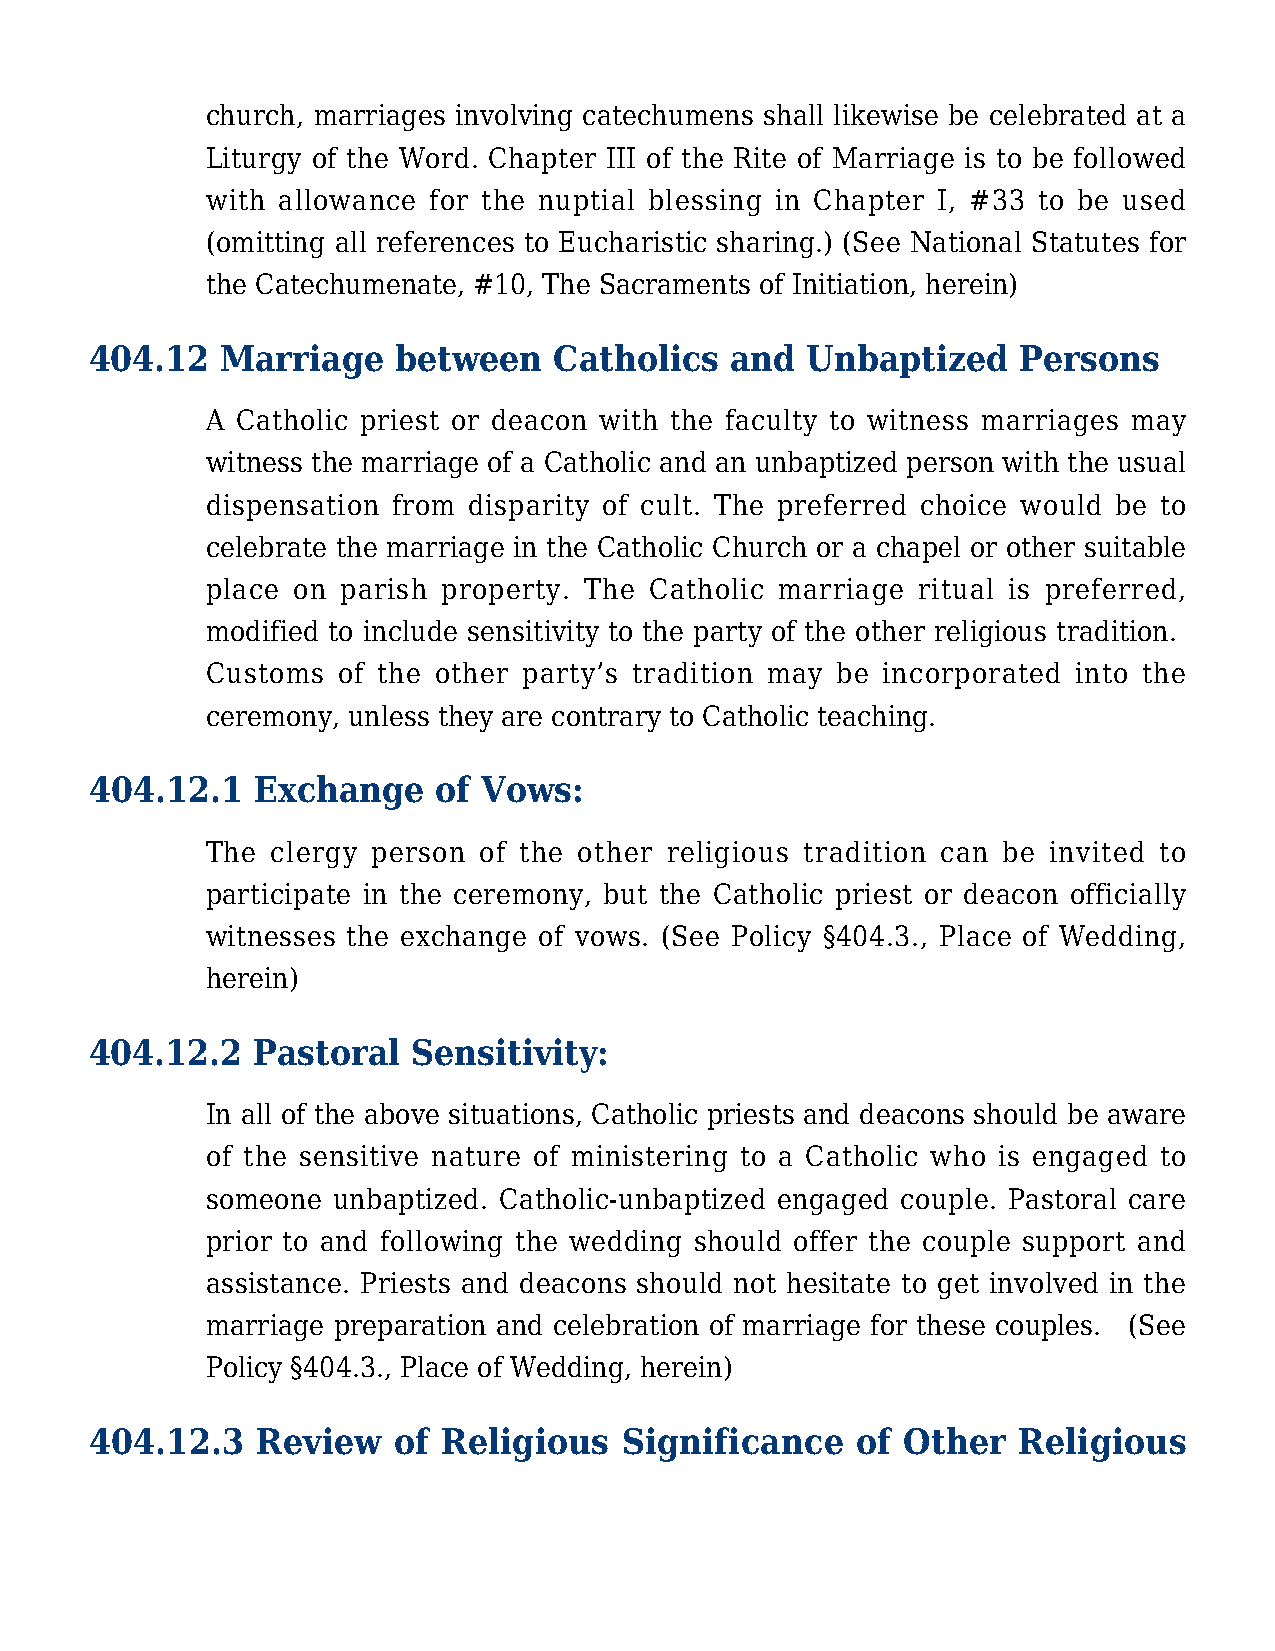
church, marriages involving catechumens shall likewise be celebrated at a
 Liturgy of the Word. Chapter III of the Rite of Marriage is to be followed
 with allowance for the nuptial blessing in Chapter I, #33 to be used
 (omitting all references to Eucharistic sharing.) (See National Statutes for
 the Catechumenate, #10, The Sacraments of Initiation, herein)
 404.12   Marriage   between    Catholics  and  Unbaptized     Persons
 A Catholic priest or deacon with the faculty to witness marriages may
 witness the marriage of a Catholic and an unbaptized person with the usual
 dispensation from disparity of cult. The preferred choice would be to
 celebrate the marriage in the Catholic Church or a chapel or other suitable
 place on parish property. The Catholic marriage ritual is preferred,
 modified to include sensitivity to the party of the other religious tradition.
 Customs of the other party’s tradition may be incorporated into the
 ceremony, unless they are contrary to Catholic teaching.
 404.12.1   Exchange    of Vows:
 The clergy person of the other religious tradition can be invited to
 participate in the ceremony, but the Catholic priest or deacon officially
 witnesses the exchange of vows. (See Policy §404.3., Place of Wedding,
 herein)
 404.12.2   Pastoral  Sensitivity:
 In all of the above situations, Catholic priests and deacons should be aware
 of the sensitive nature of ministering to a Catholic who is engaged to
 someone unbaptized. Catholic-unbaptized engaged couple. Pastoral care
 prior to and following the wedding should offer the couple support and
 assistance. Priests and deacons should not hesitate to get involved in the
 marriage preparation and celebration of marriage for these couples. (See
 Policy §404.3., Place of Wedding, herein)
 404.12.3   Review   of Religious   Significance    of Other  Religious